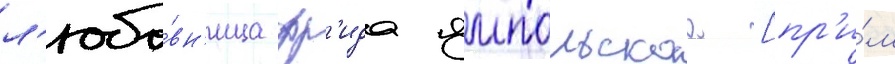
л'юбо́вн'ица фр'ида ямпольскаа [пр'и́м